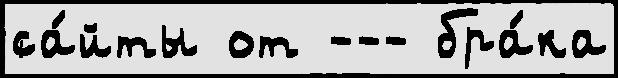
са́йты от --- бра́ка